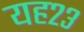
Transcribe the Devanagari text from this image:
यह२३